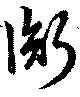
衡